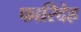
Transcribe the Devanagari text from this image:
फारिदेह